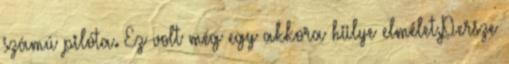
számú pilóta. Ez volt még egy akkora hülye elmélet.Persze